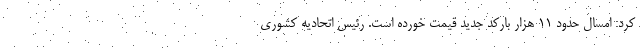
كرد: امسال حدود ١١ هزار باركد جديد قيمت خورده است. رئيس اتحاديه كشوري